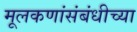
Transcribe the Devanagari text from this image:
मूलकणांसंबंधीच्या